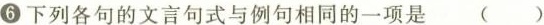
6 下列各句的文言句式与例句相同的一项是 ( )